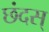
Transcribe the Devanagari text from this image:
छंदस्